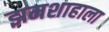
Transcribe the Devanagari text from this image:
झमशाहाला